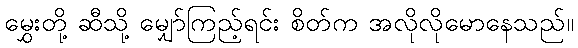
မွှေးတို့ ဆီသို့ မျှော်ကြည့်ရင်း စိတ်က အလိုလိုမောနေသည်။